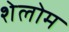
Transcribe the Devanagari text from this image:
शेलोम